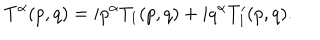
LaTeX: T ^ { \alpha } ( p , q ) = i p ^ { \alpha } T _ { 1 } ( p , q ) + i q ^ { \alpha } T _ { 1 } ^ { \prime } ( p , q ) .